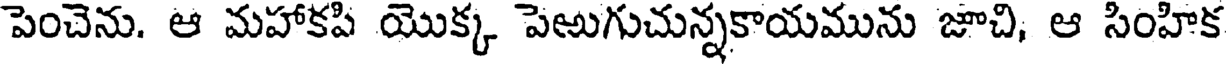
పెంచెను. ఆ మహాకపి యొక్క పెఱుగుచున్నకాయమును జూచి, ఆ సింహిక